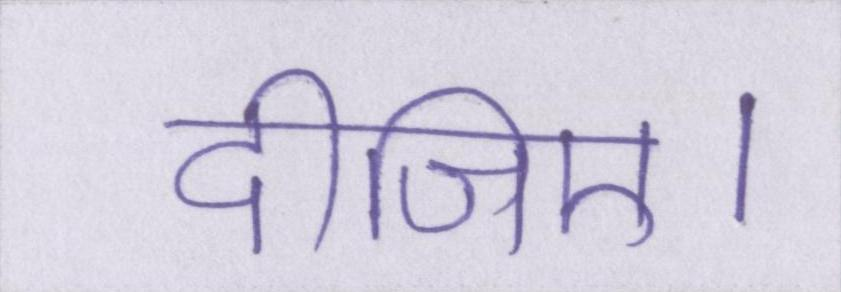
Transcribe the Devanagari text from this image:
दीजिए।